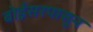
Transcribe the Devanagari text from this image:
बोईसरपासून